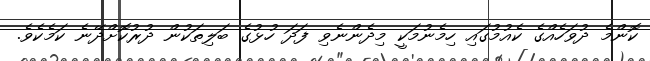
ކޮންމެ ދުވަހެއްގެ ކެއުމުގައި ހިމެނުމަކީ މިދެންނެވި ފަދަ ހުޅުގެ ބަލިތަކުން ދުރުކޮށްދޭނެ ކަމެކެވެ.